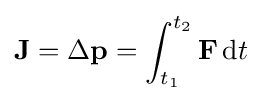
\mathbf {J} =\Delta \mathbf {p} =\int _{t_{1}}^{t_{2}}\mathbf {F} \,\mathrm {d} t